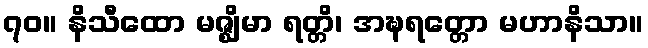
၇၀။ နိသီထော မဇ္ဈိမာ ရတ္တိ၊ အဍ္ဎရတ္တော မဟာနိသာ။